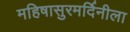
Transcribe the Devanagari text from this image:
महिषासुरमर्दिनीला